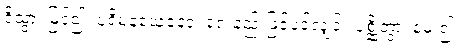
ဒိသွာ၊ မြင်၍။ ပုရိမနယေနေဝ၊ ရှေးနည်းဖြင့်ပင်လျှင်။ ပုစ္ဆိတွာ၊ မေး၍။